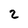
Character: 2